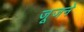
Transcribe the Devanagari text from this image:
जूजने